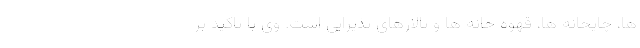
ها، چایخانه ها، قهوه خانه ها و تالارهای پذیرایی است. وی با تاکید بر